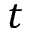
t